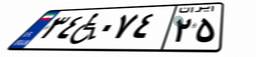
۳۴W۰۷۴۲۵